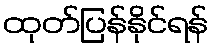
ထုတ်ပြန်နိုင်ရန်